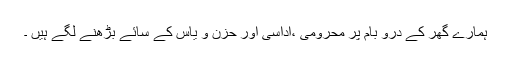
ہمارے گھر کے درو بام پر محرومی ،اُداسی اور حزن و یاس کے سائے بڑھنے لگے ہیں ۔